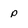
Character: p